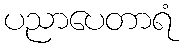
ပညာပေတာရံ